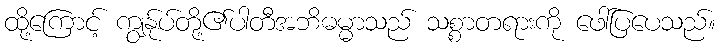
ထို့ကြောင့် ကျွနု်ပ်တို့၏ပါတီအဘိဓမ္မာသည် သစ္စာတရားကို ဖေါ်ပြပေသည်။